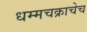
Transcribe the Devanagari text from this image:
धम्मचक्राचेच